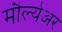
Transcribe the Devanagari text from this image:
मौल्येअर